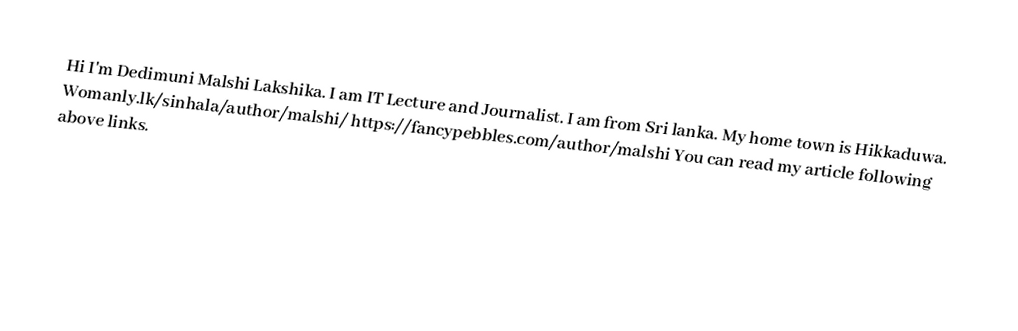
Hi I'm Dedimuni Malshi Lakshika. I am  IT Lecture and Journalist. I am from Sri lanka. My home town is Hikkaduwa. Womanly.lk/sinhala/author/malshi/ https://fancypebbles.com/author/malshi You can read my article following above links.